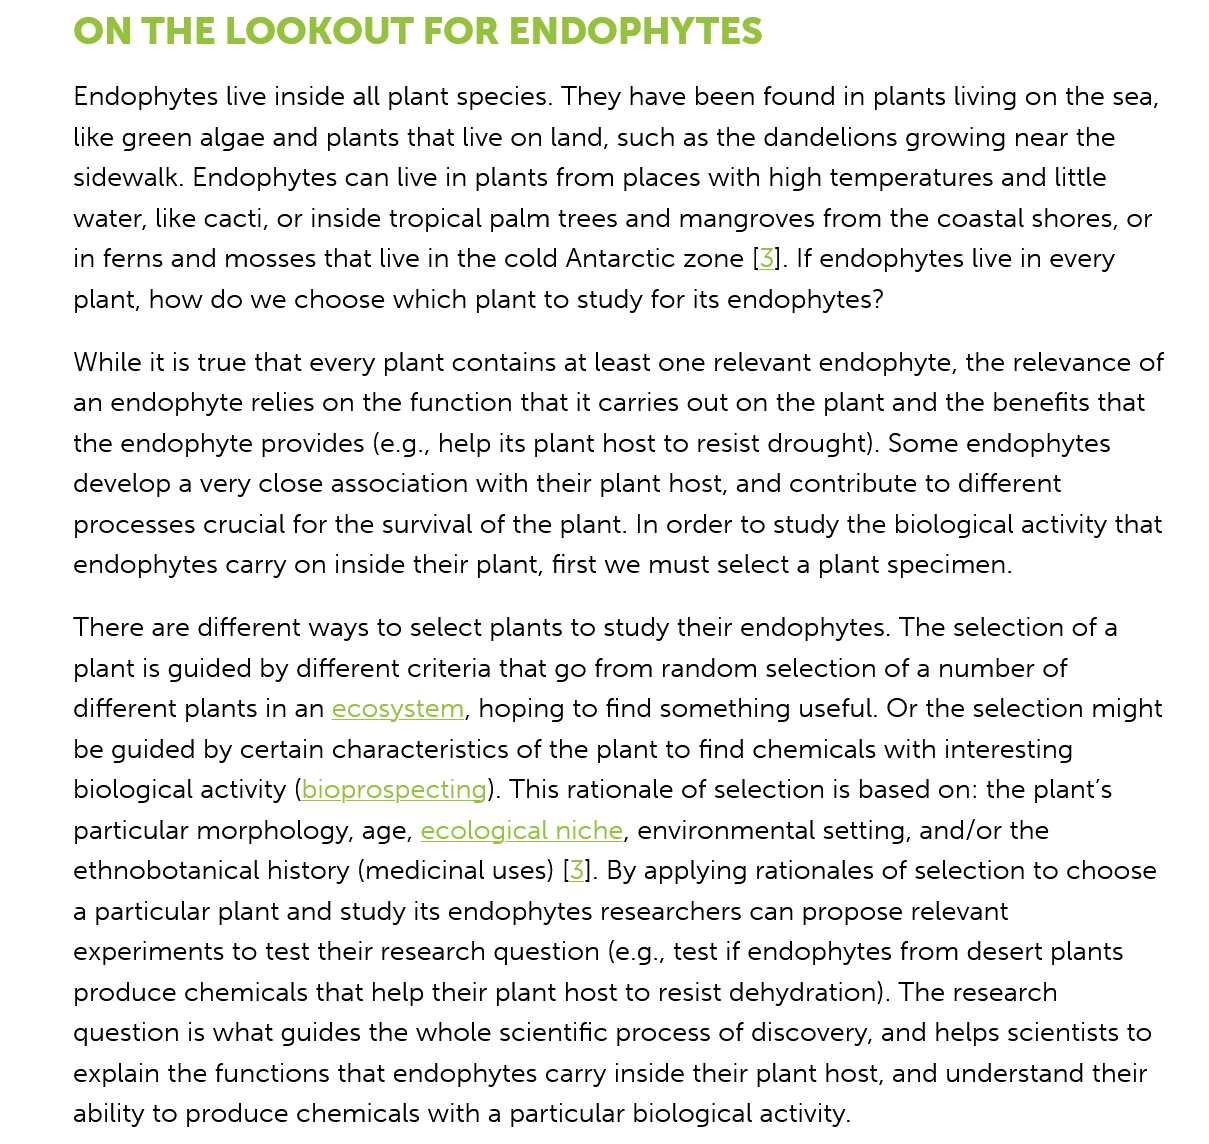
ON   THE   LOOKOUT    FOR   ENDOPHYTES
     Endophytes live inside all plant species. They have been found in plants living on the sea,
     like green algae and plants that live on land, such as the dandelions growing near the
     sidewalk. Endophytes can live in plants from places with high temperatures and little
     water, like cacti, or inside tropical palm trees and mangroves from the coastal shores, or
     in ferns and mosses that live in the cold Antarctic zone [3]. If endophytes live in every
     plant, how do we choose which plant to study for its endophytes?
     While it is true that every plant contains at least one relevant endophyte, the relevance of
     an endophyte relies on the function that it carries out on the plant and the benefits that
     the endophyte provides (e.g., help its plant host to resist drought). Some endophytes
     develop a very close association with their plant host, and contribute to different
     processes crucial for the survival of the plant. In order to study the biological activity that
     endophytes carry on inside their plant, first we must select a plant specimen.
     There are different ways to select plants to study their endophytes. The selection of a
     plant is guided by different criteria that go from random selection of a number of
     different plants in an ecosystem, hoping to find something useful. Or the selection might
     be guided by certain characteristics of the plant to find chemicals with interesting
     biological activity (bioprospecting). This rationale of selection is based on: the plant's
     particular morphology, age, ecological niche, environmental setting, and/or the
     ethnobotanical history (medicinal uses) [3]. By applying rationales of selection to choose
     a particular plant and study its endophytes researchers can propose relevant
     experiments to test their research question (e.g., test if endophytes from desert plants
     produce chemicals that help their plant host to resist dehydration). The research
     question is what guides the whole scientific process of discovery, and helps scientists to
     explain the functions that endophytes carry inside their plant host, and understand their
     ability to produce chemicals with a particular biological activity.